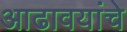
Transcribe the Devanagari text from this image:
आढावयांचे